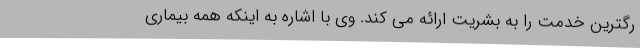
رگترین خدمت را به بشریت ارائه می کند. وی با اشاره به اینکه همه بیماری